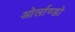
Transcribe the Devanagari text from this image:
ओर्लाण्डो